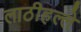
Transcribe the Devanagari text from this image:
लाठीहल्ले